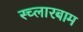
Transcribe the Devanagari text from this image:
स्च्लारबाम